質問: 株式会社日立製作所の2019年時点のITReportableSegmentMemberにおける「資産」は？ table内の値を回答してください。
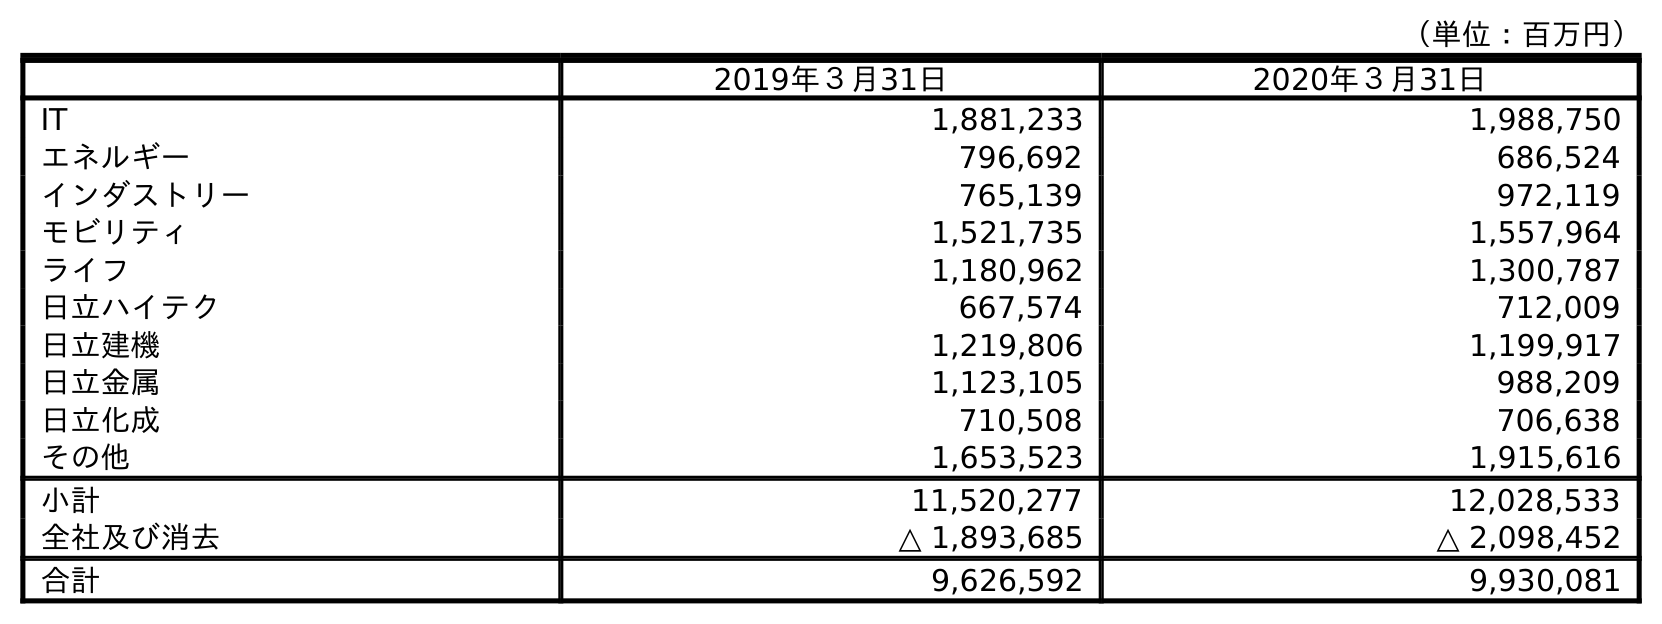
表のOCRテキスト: （単位：百万円） 2019年３月31日 2020年３月31日 IT 1,881,233 1,988,750 エネルギー 796,692 686,524 インダストリー 765,139 972,119 モビリティ 1,521,735 1,557,964 ライフ 1,180,962 1,300,787 日立ハイテク 667,574 712,009 日立建機 1,219,806 1,199,917 日立金属 1,123,105 988,209 日立化成 710,508 706,638 その他 1,653,523 1,915,616 小計 11,520,277 12,028,533 全社及び消去 △ 1,893,685 △ 2,098,452 合計 9,626,592 9,930,081
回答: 1,881,233